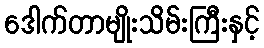
ဒေါက်တာမျိုးသိမ်းကြီးနှင့်